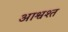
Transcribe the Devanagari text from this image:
आश्वश्त